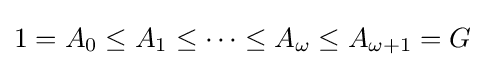
1=A_{0}\leq A_{1}\leq \cdots \leq A_{\omega }\leq A_{\omega +1}=G